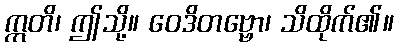
ဣတိ၊ ဤသို့။ ဝေဒိတဗ္ဗော၊ သိထိုက်၏။